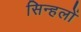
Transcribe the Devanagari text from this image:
सिन्हलों